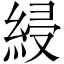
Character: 綅